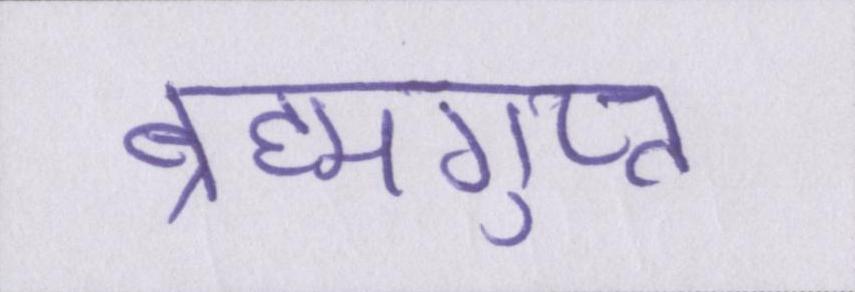
ब्रह्मगुप्त